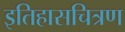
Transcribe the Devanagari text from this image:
इतिहासचित्रण